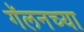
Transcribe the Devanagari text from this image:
गॅलनच्या